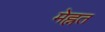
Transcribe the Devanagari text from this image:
मेह्नत